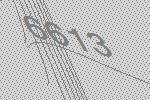
6613